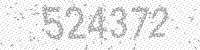
Solution: 524372